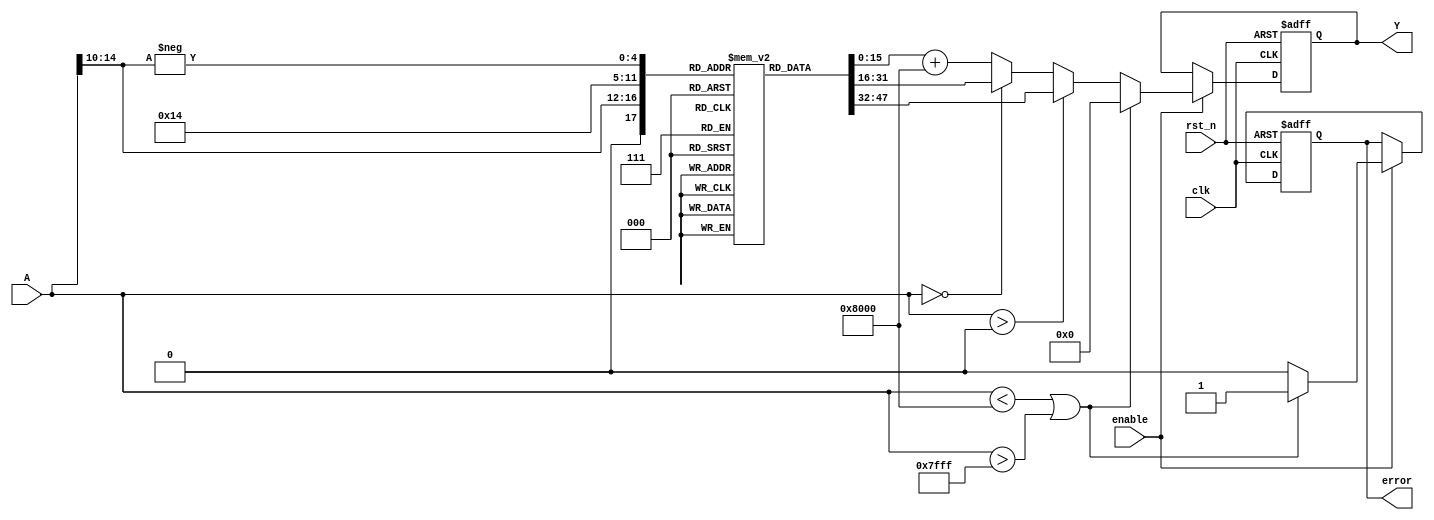
module acos_block (
    input wire clk,            // Clock signal
    input wire rst_n,          // Active low reset
    input wire enable,         // Enable signal
    input wire signed [15:0] A, // Input signal (cosine value in Q15 format)
    output reg [15:0] Y,       // Output signal (angle in radians, Q15 format)
    output reg error           // Error signal for out-of-range input
);

    // Lookup table for acos values (Q15 format)
    reg [15:0] lut [0:32]; // LUT for acos values for values from 0 to 1
    initial begin
        // Precomputed values of acos in Q15 format (0 to )
        lut[0]  = 16'h0000; // acos(1) = 0
        lut[1]  = 16'h1C71; // acos(0.9)  0.451
        lut[2]  = 16'h1A7A; // acos(0.8)  0.644
        lut[3]  = 16'h1780; // acos(0.7)  0.795
        lut[4]  = 16'h14D9; // acos(0.6)  0.927
        lut[5]  = 16'h120C; // acos(0.5) = /3
        lut[6]  = 16'h0F9D; // acos(0.4)  1.159
        lut[7]  = 16'h0D9B; // acos(0.3)  1.266
        lut[8]  = 16'h0B4D; // acos(0.2)  1.369
        lut[9]  = 16'h08B5; // acos(0.1)  1.470
        lut[10] = 16'h0000; // acos(0) = /2
        lut[11] = 16'hF6A2; // acos(-0.1)  1.670
        lut[12] = 16'hE9B3; // acos(-0.2)  1.773
        lut[13] = 16'hD6A5; // acos(-0.3)  1.880
        lut[14] = 16'hC4A3; // acos(-0.4)  1.999
        lut[15] = 16'hB2B6; // acos(-0.5) = 2/3
        lut[16] = 16'hA0D6; // acos(-0.6)  2.214
        lut[17] = 16'h8F2D; // acos(-0.7)  2.356
        lut[18] = 16'h7E7A; // acos(-0.8)  2.498
        lut[19] = 16'h6E1A; // acos(-0.9)  2.678
        lut[20] = 16'h8000; // acos(-1) = 
        // Fill remaining LUT entries as needed
    end

    // State machine for processing
    always @(posedge clk or negedge rst_n) begin
        if (!rst_n) begin
            Y <= 16'h0000; // Reset output
            error <= 1'b0; // Reset error signal
        end else if (enable) begin
            // Input validation
            if (A < -16'h8000 || A > 16'h7FFF) begin
                error <= 1'b1; // Out of range
                Y <= 16'h0000; // Default output
            end else if (A > 16'h0000) begin
                // Positive input: Use LUT directly
                Y <= lut[A[14:10]]; // Map input to LUT index
                error <= 1'b0; // No error
            end else if (A == 16'h0000) begin
                // Special case for 0
                Y <= lut[10]; // /2
                error <= 1'b0; // No error
            end else begin
                // Negative input: Use symmetry
                Y <= lut[-A[14:10]] + 16'h8000; //  - lut value
                error <= 1'b0; // No error
            end
        end
    end

endmodule